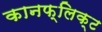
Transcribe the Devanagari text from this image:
कानफ्लिक्ट